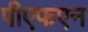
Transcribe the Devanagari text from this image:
पीएफएन